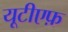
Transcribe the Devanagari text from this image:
यूटीएफ़